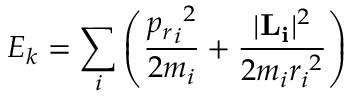
E _ { k } = \sum _ { i } \left( { \frac { { { p _ { r } } _ { i } } ^ { 2 } } { 2 m _ { i } } } + { \frac { | { \bf { { L } _ { i } } } | ^ { 2 } } { 2 m _ { i } { r _ { i } } ^ { 2 } } } \right)